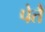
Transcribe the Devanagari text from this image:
पेतैं